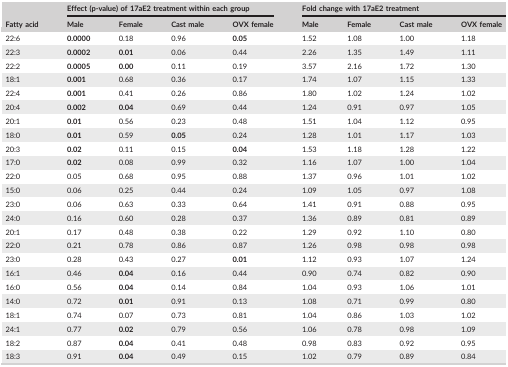
<table><thead><tr><td rowspan="2"><b>Fatty acid</b></td><td colspan="4"><b>Effect (p‐value) of 17aE2 treatment within each group</b></td><td colspan="4"><b>Fold change with 17aE2 treatment</b></td></tr><tr><td><b>Male</b></td><td><b>Female</b></td><td><b>Cast male</b></td><td><b>OVX female</b></td><td><b>Male</b></td><td><b>Female</b></td><td><b>Cast male</b></td><td><b>OVX female</b></td></tr></thead><tbody><tr><td>22:6</td><td><b>0.0000</b></td><td>0.18</td><td>0.96</td><td><b>0.05</b></td><td>1.52</td><td>1.08</td><td>1.00</td><td>1.18</td></tr><tr><td>22:3</td><td><b>0.0002</b></td><td><b>0.01</b></td><td>0.06</td><td>0.44</td><td>2.26</td><td>1.35</td><td>1.49</td><td>1.11</td></tr><tr><td>22:2</td><td><b>0.0005</b></td><td><b>0.00</b></td><td>0.11</td><td>0.19</td><td>3.57</td><td>2.16</td><td>1.72</td><td>1.30</td></tr><tr><td>18:1</td><td><b>0.001</b></td><td>0.68</td><td>0.36</td><td>0.17</td><td>1.74</td><td>1.07</td><td>1.15</td><td>1.33</td></tr><tr><td>22:4</td><td><b>0.001</b></td><td>0.41</td><td>0.26</td><td>0.86</td><td>1.80</td><td>1.02</td><td>1.24</td><td>1.02</td></tr><tr><td>20:4</td><td><b>0.002</b></td><td><b>0.04</b></td><td>0.69</td><td>0.44</td><td>1.24</td><td>0.91</td><td>0.97</td><td>1.05</td></tr><tr><td>20:1</td><td><b>0.01</b></td><td>0.56</td><td>0.23</td><td>0.48</td><td>1.51</td><td>1.04</td><td>1.12</td><td>0.95</td></tr><tr><td>18:0</td><td><b>0.01</b></td><td>0.59</td><td><b>0.05</b></td><td>0.24</td><td>1.28</td><td>1.01</td><td>1.17</td><td>1.03</td></tr><tr><td>20:3</td><td><b>0.02</b></td><td>0.11</td><td>0.15</td><td><b>0.04</b></td><td>1.53</td><td>1.18</td><td>1.28</td><td>1.22</td></tr><tr><td>17:0</td><td><b>0.02</b></td><td>0.08</td><td>0.99</td><td>0.32</td><td>1.16</td><td>1.07</td><td>1.00</td><td>1.04</td></tr><tr><td>22:0</td><td>0.05</td><td>0.68</td><td>0.95</td><td>0.88</td><td>1.37</td><td>0.96</td><td>1.01</td><td>1.02</td></tr><tr><td>15:0</td><td>0.06</td><td>0.25</td><td>0.44</td><td>0.24</td><td>1.09</td><td>1.05</td><td>0.97</td><td>1.08</td></tr><tr><td>23:0</td><td>0.06</td><td>0.63</td><td>0.33</td><td>0.64</td><td>1.41</td><td>0.91</td><td>0.88</td><td>0.95</td></tr><tr><td>24:0</td><td>0.16</td><td>0.60</td><td>0.28</td><td>0.37</td><td>1.36</td><td>0.89</td><td>0.81</td><td>0.89</td></tr><tr><td>20:1</td><td>0.17</td><td>0.48</td><td>0.38</td><td>0.22</td><td>1.29</td><td>0.92</td><td>1.10</td><td>0.80</td></tr><tr><td>22:0</td><td>0.21</td><td>0.78</td><td>0.86</td><td>0.87</td><td>1.26</td><td>0.98</td><td>0.98</td><td>0.98</td></tr><tr><td>23:0</td><td>0.28</td><td>0.43</td><td>0.27</td><td><b>0.01</b></td><td>1.12</td><td>0.93</td><td>1.07</td><td>1.24</td></tr><tr><td>16:1</td><td>0.46</td><td><b>0.04</b></td><td>0.16</td><td>0.44</td><td>0.90</td><td>0.74</td><td>0.82</td><td>0.90</td></tr><tr><td>16:0</td><td>0.56</td><td><b>0.04</b></td><td>0.14</td><td>0.84</td><td>1.04</td><td>0.93</td><td>1.06</td><td>1.01</td></tr><tr><td>14:0</td><td>0.72</td><td><b>0.01</b></td><td>0.91</td><td>0.13</td><td>1.08</td><td>0.71</td><td>0.99</td><td>0.80</td></tr><tr><td>18:1</td><td>0.74</td><td>0.07</td><td>0.73</td><td>0.81</td><td>1.04</td><td>0.86</td><td>1.03</td><td>1.02</td></tr><tr><td>24:1</td><td>0.77</td><td><b>0.02</b></td><td>0.79</td><td>0.56</td><td>1.06</td><td>0.78</td><td>0.98</td><td>1.09</td></tr><tr><td>18:2</td><td>0.87</td><td><b>0.04</b></td><td>0.41</td><td>0.48</td><td>0.98</td><td>0.83</td><td>0.92</td><td>0.95</td></tr><tr><td>18:3</td><td>0.91</td><td><b>0.04</b></td><td>0.49</td><td>0.15</td><td>1.02</td><td>0.79</td><td>0.89</td><td>0.84</td></tr></tbody></table>